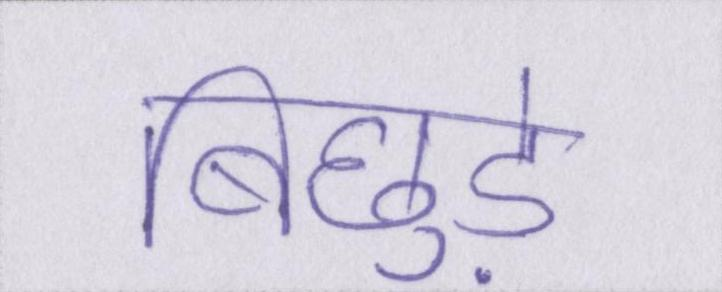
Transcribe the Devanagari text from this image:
बिछुड़े